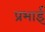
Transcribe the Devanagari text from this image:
प्रभाई